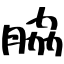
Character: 脇